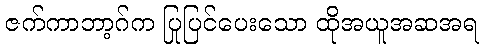
ဇက်ကာဘာ့ဂ်က ပြုပြင်ပေးသော ထိုအယူအဆအရ